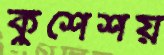
কুশেশয়